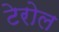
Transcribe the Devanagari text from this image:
टेरोल